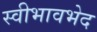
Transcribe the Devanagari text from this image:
स्वीभावभेद